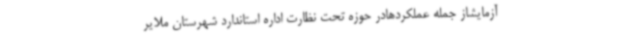
آزمایشاز جمله عملکردهادر حوزه تحت نظارت اداره استاندارد شهرستان ملایر